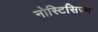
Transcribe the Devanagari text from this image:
नोस्टिसिज्म